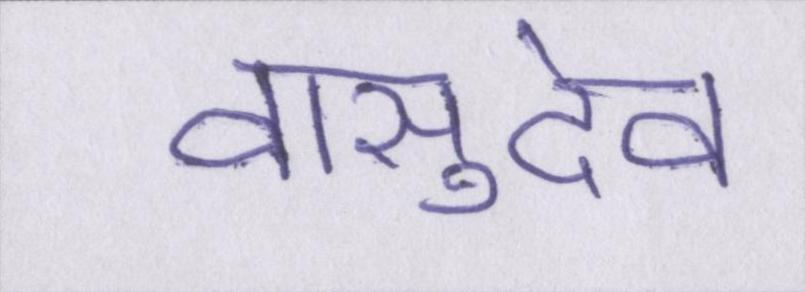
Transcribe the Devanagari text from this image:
वासुदेव